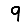
Digit: 9